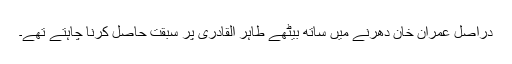
دراصل عمران خان دھرنے میں ساتھ بیٹھے طاہر القادری پر سبقت حاصل کرنا چاہتے تھے۔